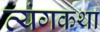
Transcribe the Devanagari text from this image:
व्यंगकथा